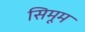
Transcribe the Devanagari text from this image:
सिमूम